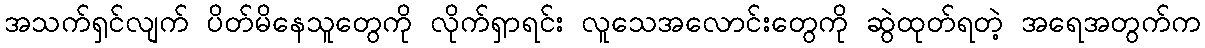
အသက်ရှင်လျက် ပိတ်မိနေသူတွေကို လိုက်ရှာရင်း လူသေအလောင်းတွေကို ဆွဲထုတ်ရတဲ့ အရေအတွက်က